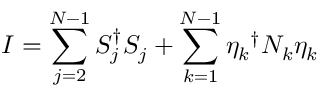
I = \sum _ { j = 2 } ^ { N - 1 } S _ { j } ^ { \dagger } S _ { j } + \sum _ { k = 1 } ^ { N - 1 } { \eta _ { k } } ^ { \dagger } N _ { k } \eta _ { k }